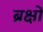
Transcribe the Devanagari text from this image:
ब्रक्षों